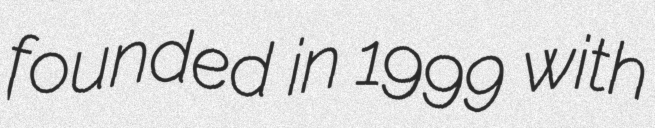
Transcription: founded in 1999 with